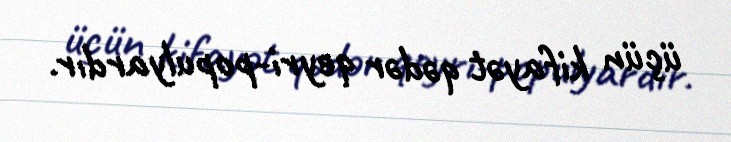
üçün kifayət qədər qeyri-populyardır.